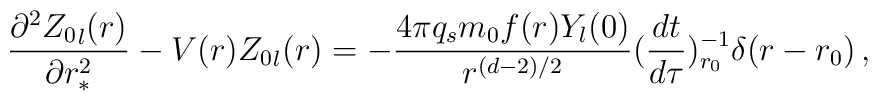
\frac{\partial^{2} {Z_0}_l(r)}{\partial r_*^{2}} -V(r){Z_0}_l(r)=-\frac{4 \pi q_s m_0 f(r)Y_{l}(0)}{r^{(d-2)/2}}(\frac{dt}{d\tau})_{r_0}^{-1}\delta(r-r_0) \,,